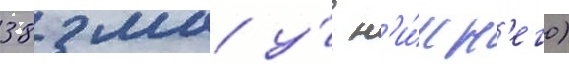
38 мм у́ н'и́жн'его)